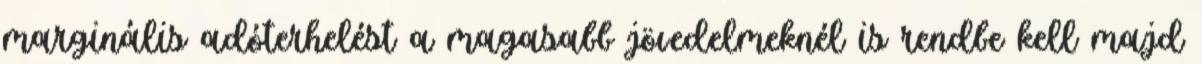
marginális adóterhelést a magasabb jövedelmeknél is rendbe kell majd